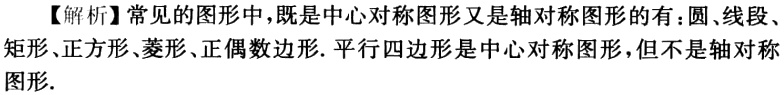
【解析】常见的图形中，既是中心对称图形又是轴对称图形的有：圆、线段、矩形、正方形、菱形、正偶数边形. 平行四边形是中心对称图形，但不是轴对称图形.